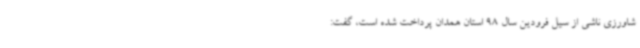
شاورزی ناشی از سیل فرودین سال 98 استان همدان پرداخت شده است، گفت: